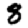
Digit: 8